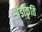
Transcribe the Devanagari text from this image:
अंडाकृति